画像に写った文字を読んでください
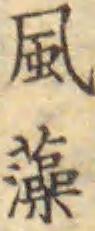
「風藻」と書いてあります